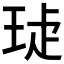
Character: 𤥩